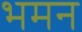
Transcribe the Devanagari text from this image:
भमन